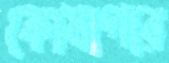
কোষাগার